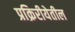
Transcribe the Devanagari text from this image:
प्रक्रिरीयेतील